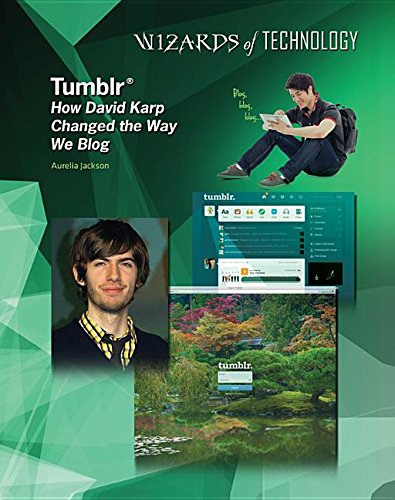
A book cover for Tumblr: How David Karp Changed the Way We Blog (Wizards of Technology); Aurelia Jackson; Teen & Young Adult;